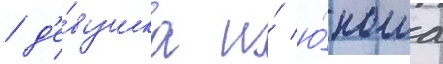
/ д'е́вушка и́ ю́ноша